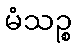
မံသဉ္စ